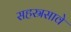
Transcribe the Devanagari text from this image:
सहस्रसावे